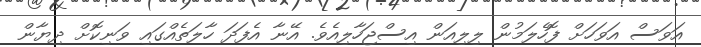
އަވަސް އަވަހަށް ފޮހެލަމުން ލިލިއަން އިސްޖަހާލިއެވެ. އޭނާ އެފަދަ ހާލަތެއްގައި ވަނިކޮށް ދިޔާން